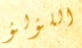
اللؤلؤ